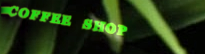
COFFEE SHOP